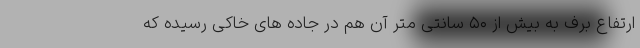
ارتفاع برف به بیش از ۵۰ سانتی متر آن هم در جاده های خاکی رسیده که